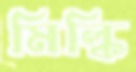
মিল্কি